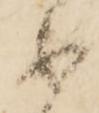
不